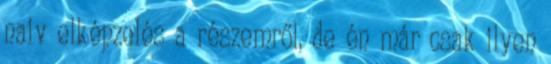
naiv elképzelés a részemről, de én már csak ilyen